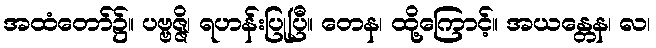
အထံတော်၌။ ပဗ္ဗဇ္ဇိ၊ ရဟန်းပြုပြီ။ တေန၊ ထို့ကြောင့်။ အယန္တေန၊ လ၊